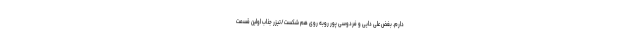
دارم. بغض علی دایی و فردوسی پور روبه روی هم شکست/تیزر جذاب اولین قسمت